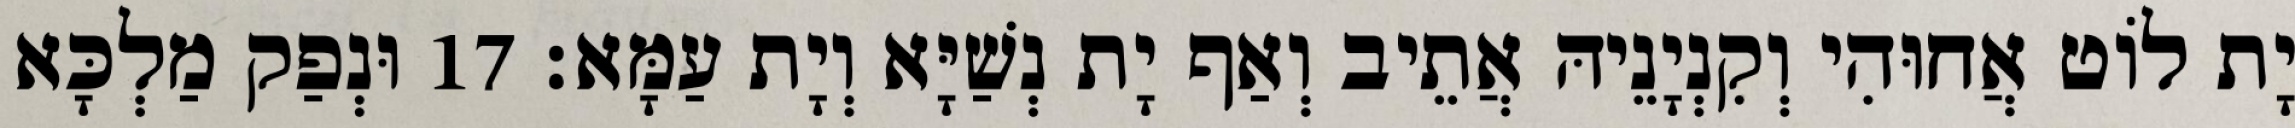
יָת לוֹט אֲחוּהִי וְקִנְיָנֵיהּ אֲתֵיב וְאַף יָת נְשַׁיָּא וְיָת עַמָּא׃ 17 וּנְפַק מַלְכָּא